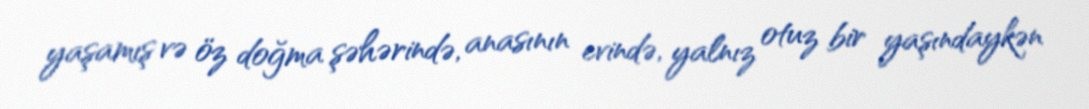
yaşamış və öz doğma şəhərində, anasının evində, yalnız otuz bir yaşındaykən